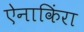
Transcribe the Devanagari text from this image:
ऐनाकिंरा